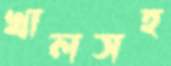
খালসহ